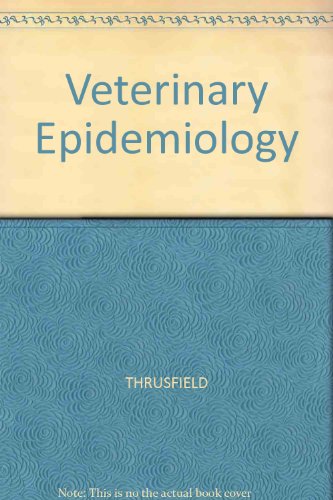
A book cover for Veterinary Epidemiology; Michael V. Thursfield; Medical Books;